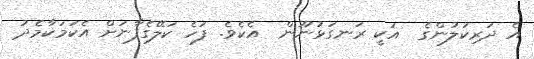
އެ ދަރިކަލުންގެ  އަކީ ރަނގަޅުނޫން  އެކެވެ. ފަހެ ކަލޭގެފާނަށް އެކަމަކާމެދު